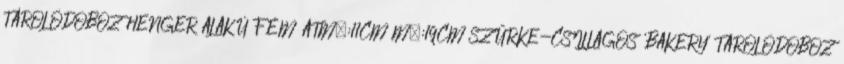
TÁROLÓDOBOZ HENGER ALAKÚ FÉM ÁTM.:11CM M.:19CM SZÜRKE-CSILLAGOS 'BAKERY' TÁROLÓDOBOZ